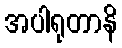
အပါရုတာနိ